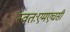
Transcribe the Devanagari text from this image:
स्वतःएमएचसी